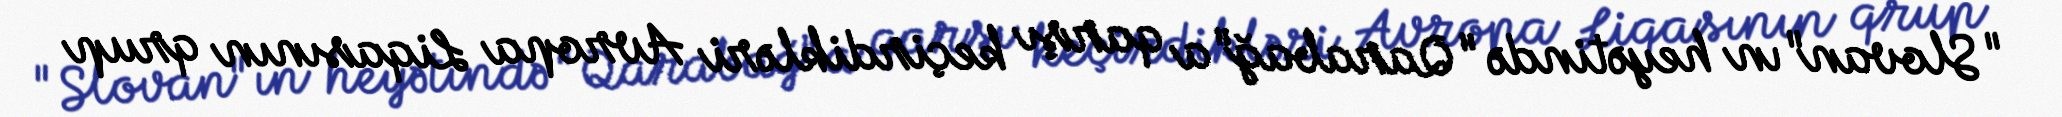
"Slovan"ın heyətində "Qarabağ"a qarşı keçirdikləri Avropa Liqasının qrup